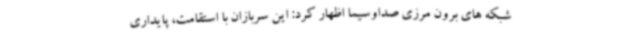
شبکه های برون مرزی صداوسیما اظهار کرد: این سربازان با استقامت، پایداری